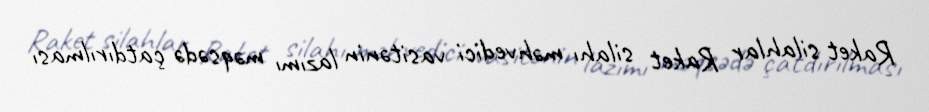
Raket silahlar Raket silahı məhvedici vasitənin lazımı məqsədə çatdırılması